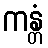
ကန္တံ